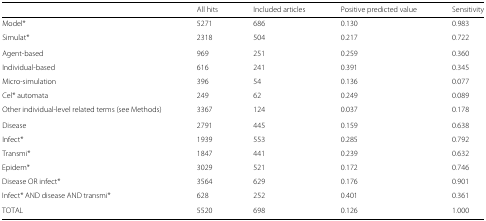
|  | All hits | Included articles | Positive predicted value | Sensitivity |
 | --- | --- | --- | --- | --- |
 | Model* | 5271 | 686 | 0.130 | 0.983 |
 | Simulat* | 2318 | 504 | 0.217 | 0.722 |
 | Agent-based | 969 | 251 | 0.259 | 0.360 |
 | Individual-based | 616 | 241 | 0.391 | 0.345 |
 | Micro-simulation | 396 | 54 | 0.136 | 0.077 |
 | Cel* automata | 249 | 62 | 0.249 | 0.089 |
 | Other individual-level related terms (see Methods) | 3367 | 124 | 0.037 | 0.178 |
 | Disease | 2791 | 445 | 0.159 | 0.638 |
 | Infect* | 1939 | 553 | 0.285 | 0.792 |
 | Transmi* | 1847 | 441 | 0.239 | 0.632 |
 | Epidem* | 3029 | 521 | 0.172 | 0.746 |
 | Disease OR infect* | 3564 | 629 | 0.176 | 0.901 |
 | Infect* AND disease AND transmi* | 628 | 252 | 0.401 | 0.361 |
 | TOTAL | 5520 | 698 | 0.126 | 1.000 |